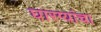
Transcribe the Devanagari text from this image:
घारग्यांचा